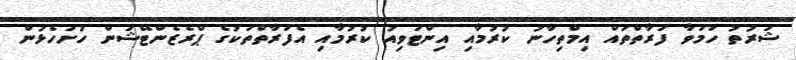
ޝަރުތު ހަމަވާ ފަރާތްތައް އިމްތިހާނު ކުރުމާއި އިންޓަވިއު ކުރުމާއި އެފަރާތްތަކުގެ ޕްރެޒެންޓޭޝަން ހުށަހެޅުން